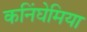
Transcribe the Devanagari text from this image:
कनिंघेमिया